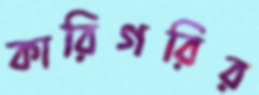
কারিগরির